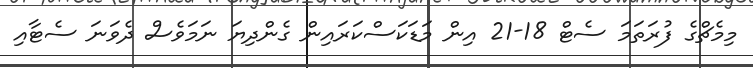
މިމެޗްގެ ފުރަތަމަ ސެޓް 18-21 އިން މަޑަކަސްކަރައިން ގެންދިޔަ ނަމަވެސް ދެވަނަ ސެޓާއި